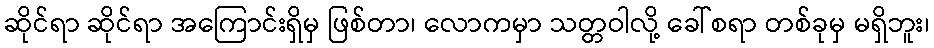
ဆိုင်ရာ ဆိုင်ရာ အကြောင်းရှိမှ ဖြစ်တာ၊ လောကမှာ သတ္တဝါလို့ ခေါ်စရာ တစ်ခုမှ မရှိဘူး၊